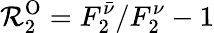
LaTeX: {\cal R}_{2}^{\mathrm{O}}=F_{2}^{\bar{\nu}}/F_{2}^{\nu}-1